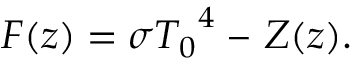
F ( z ) = \sigma { T _ { 0 } } ^ { 4 } \ – \ Z ( z ) .